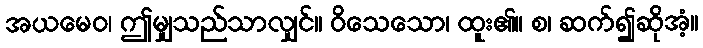
အယမေဝ၊ ဤမျှသည်သာလျှင်။ ဝိသေသော၊ ထူး၏။ စ၊ ဆက်၍ဆိုအံ့။